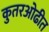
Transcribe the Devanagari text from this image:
कुतरओढीत